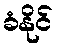
ခံနိုင်